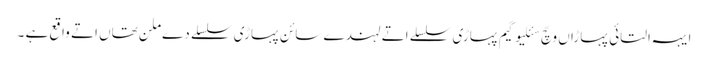
ایہہ التائی پہاڑاں وچّ سئلیوگیم​ پہاڑی سلسلے اتے لہندے سائن پہاڑی سلسلے دے ملن تھاں اتے واقع ہے ۔